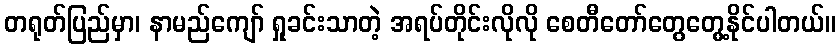
တရုတ်ပြည်မှာ၊ နာမည်ကျော် ရှုခင်းသာတဲ့ အရပ်တိုင်းလိုလို စေတီတော်တွေတွေ့နိုင်ပါတယ်။